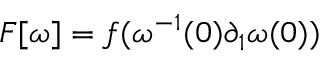
F [ \omega ] = f ( \omega ^ { - 1 } ( 0 ) \partial _ { 1 } \omega ( 0 ) )